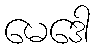
မေဒေါ